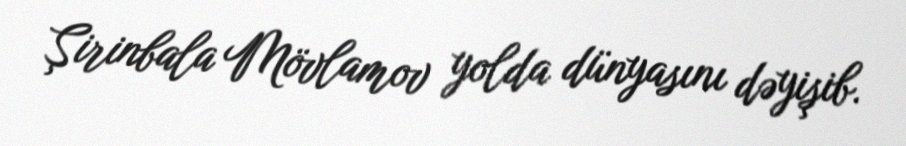
Şirinbala Mövlamov yolda dünyasını dəyişib.